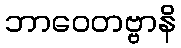
ဘာဝေတဗ္ဗာနိ